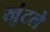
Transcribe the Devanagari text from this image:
खुंटले